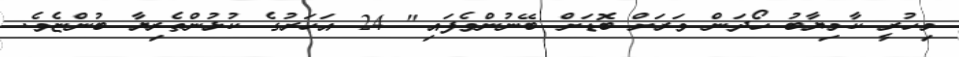
މިހުރީ ކާމިޔާބު ހޯދަން ވަރަށް ބޮޑަށް ބޭނުންވެފައި" 24 އަހަރުގެ ކުޅުންތެރިޔާ ބުންޏެވެ.